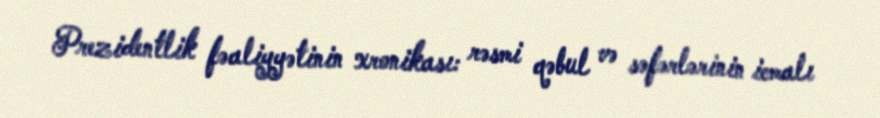
Prezidentlik fəaliyyətinin xronikası: rəsmi qəbul və səfərlərinin icmalı